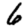
Digit: 6